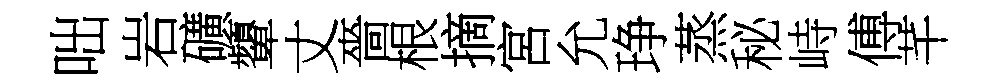
咄岩礦顰丈嗇根摘宮允琤蒸秘峙傅芊